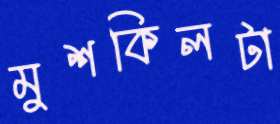
মুশকিলটা